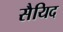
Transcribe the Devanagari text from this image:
सैयिद